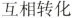
互相转化